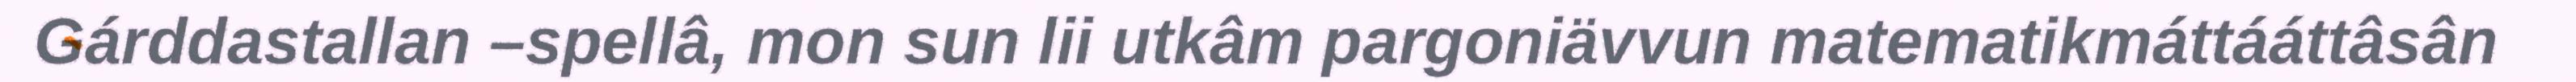
Gárddastallan –spellâ, mon sun lii utkâm pargoniävvun matematikmáttááttâsân